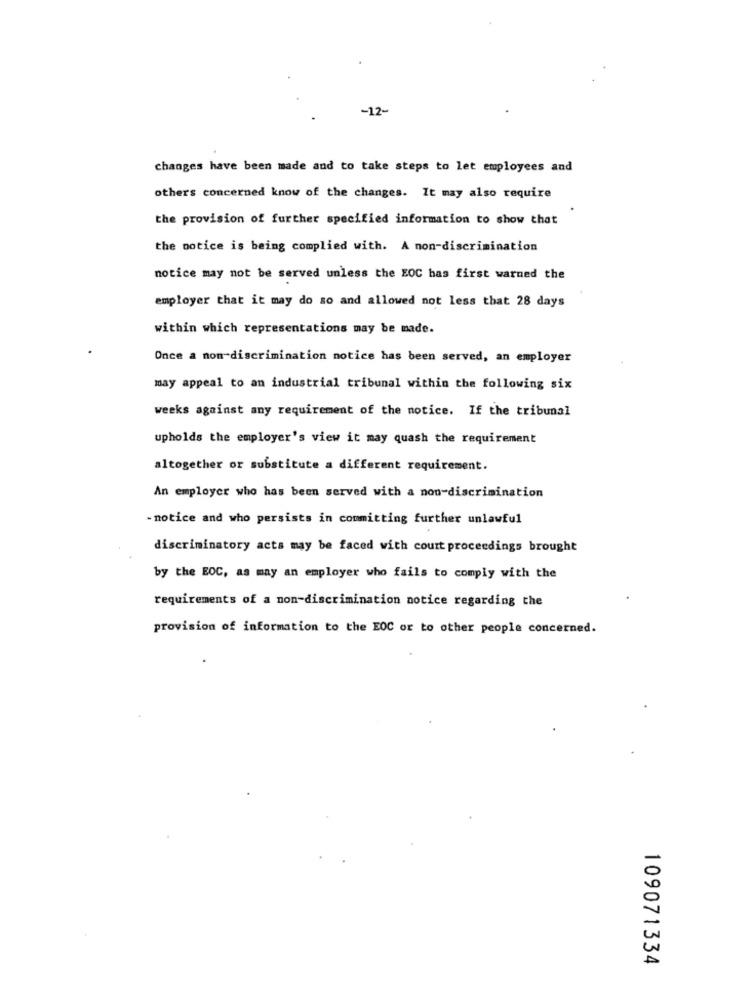
-12-
changes have been made and to take steps to let employees and
others concerned know of the changes. It may also require
the provision of further specified information to show that
the notice is being complied with. A non-discrimination
notice may not be served unless the EOC has first warned the
employer that it may do so and allowed not less that 28 days
within which representations may be made.
Once a non-discrimination notice has been served, an employer
may appeal to an industrial tribunal within the following six
weeks against any requirement of the notice. If the tribunal
upholds the employer's view it may quash the requirement
altogether or substitute a different requirement.
An employer who has been served with a non-discrimination
- notice and who persists in committing further unlawful
discriminatory acts may be faced with court proceedings brought
by the EOC, as may an employer who fails to comply with the
requirements of a non-discrimination notice regarding the
provision of information to the EOC or to other people concerned.
109071334